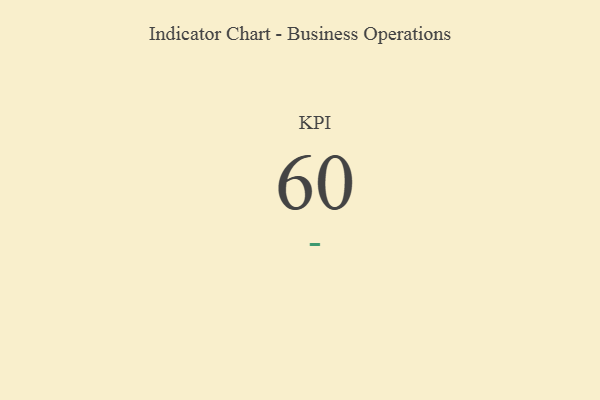
{"axis": {"x": "KPI", "y": "Value"}, "legend": [""], "data": [{"x": "KPI", "y": 60, "type": ""}]}